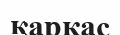
қарқас